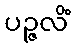
ပဉ္ဇလိံ